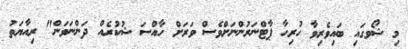
މި ޝޯވގައި ބައިވެރިވާ ހުރިހާ ޕާޓްނަރުންނަށްވެސް ވަރަށް ހާއްސަ ޝުކުރެއް ދަންނަވަން" ރިއާޔަތު